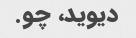
دیوید، چو.